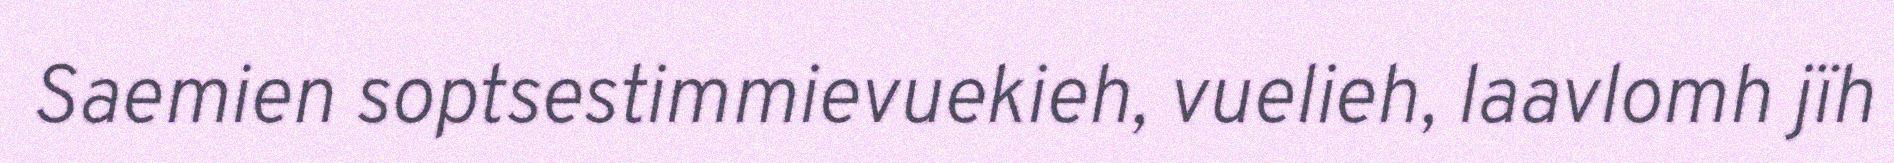
Saemien soptsestimmievuekieh, vuelieh, laavlomh jïh